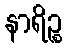
နာရိဉ္စ